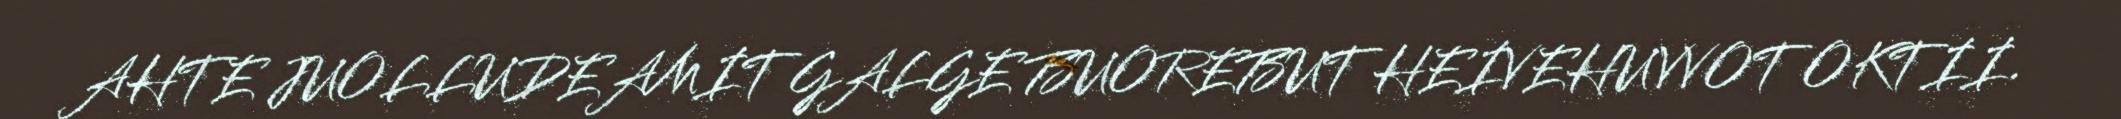
AHTE JUOLLUDEAMIT GALGE BUOREBUT HEIVEHUVVOT OKTII.